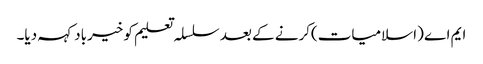
ایم اے (اسلامیات)کرنے کے بعد سلسلہ تعلیم کو خیرباد کہہ دیا۔